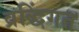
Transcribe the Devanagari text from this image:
व्रद्धिंगत